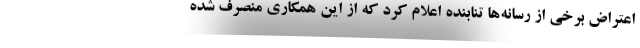
اعتراض برخی از رسانه‌ها تنابنده اعلام کرد که از این همکاری منصرف شده